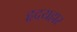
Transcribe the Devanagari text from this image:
हृदयहार